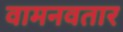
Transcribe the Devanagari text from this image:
वामनवतार